Report of the Imperial Institute of Veterinary Research, Muktesar
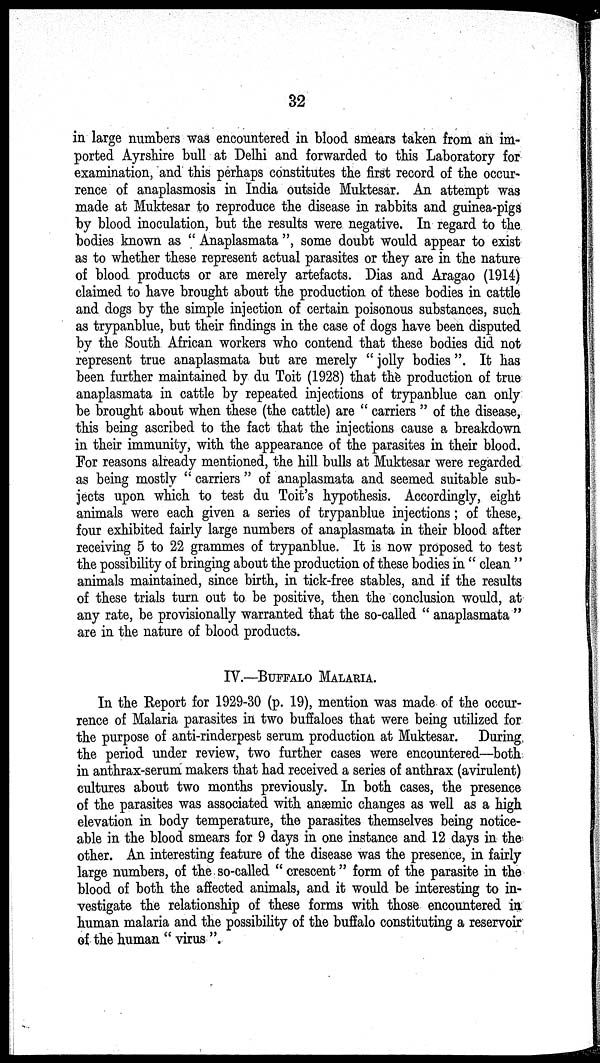
32
in large numbers was encountered in blood smears taken from an im-
ported Ayrshire bull at Delhi and forwarded to this Laboratory for
examination, and this perhaps constitutes the first record of the occur-
rence of anaplasmosis in India outside Muktesar. An attempt was
made at Muktesar to reproduce the disease in rabbits and guinea-pigs
by blood inoculation, but the results were negative. In regard to the
bodies known as " Anaplasmata ", some doubt would appear to exist
as to whether these represent actual parasites or they are in the nature
of blood products or are merely artefacts. Dias and Aragao (1914)
claimed to have brought about the production of these bodies in cattle
and dogs by the simple injection of certain poisonous substances, such
as trypanblue, but their findings in the case of dogs have been disputed
by the South African workers who contend that these bodies did not
represent true anaplasmata but are merely " jolly bodies ". It has
been further maintained by du Toit (1928) that the production of true
anaplasmata in cattle by repeated injections of trypanblue can only
be brought about when these (the cattle) are " carriers " of the disease,
this being ascribed to the fact that the injections cause a breakdown
in their immunity, with the appearance of the parasites in their blood.
For reasons already mentioned, the hill bulls at Muktesar were regarded
as being mostly " carriers " of anaplasmata and seemed suitable sub-
jects upon which to test du Toit's hypothesis. Accordingly, eight
animals were each given a series of trypanblue injections ; of these,
four exhibited fairly large numbers of anaplasmata in their blood after
receiving 5 to 22 grammes of trypanblue. It is now proposed to test
the possibility of bringing about the production of these bodies in " clean "
animals maintained, since birth, in tick-free stables, and if the results
of these trials turn out to be positive, then the conclusion would, at
any rate, be provisionally warranted that the so-called " anaplasmata "
are in the nature of blood products.
IV.—BUFFALO MALARIA.
In the Report for 1929-30 (p. 19), mention was made of the occur-
rence of Malaria parasites in two buffaloes that were being utilized for
the purpose of anti-rinderpest serum production at Muktesar. During
the period under review, two further cases were encountered—both
in anthrax-serum makers that had received a series of anthrax (avirulent)
cultures about two months previously. In both cases, the presence
of the parasites was associated with anæmic changes as well as a high
elevation in body temperature, the parasites themselves being notice-
able in the blood smears for 9 days in one instance and 12 days in the
other. An interesting feature of the disease was the presence, in fairly
large numbers, of the so-called " crescent " form of the parasite in the
blood of both the affected animals, and it would be interesting to in-
vestigate the relationship of these forms with those encountered in
human malaria and the possibility of the buffalo constituting a reservoir
of the human " virus ".